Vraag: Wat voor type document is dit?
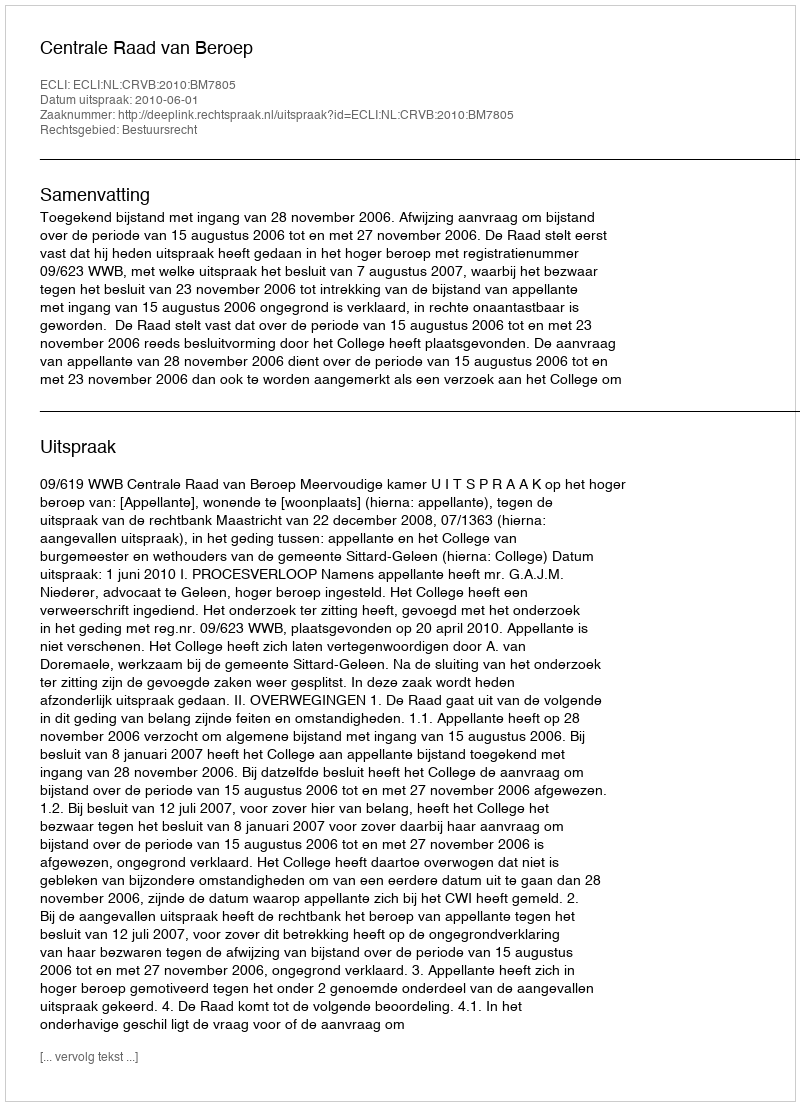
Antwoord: Uitspraak